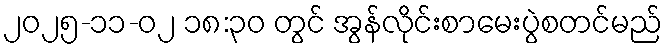
၂၀၂၅-၁၁-၀၂ ၁၈:၃၀ တွင် အွန်လိုင်းစာမေးပွဲစတင်မည်